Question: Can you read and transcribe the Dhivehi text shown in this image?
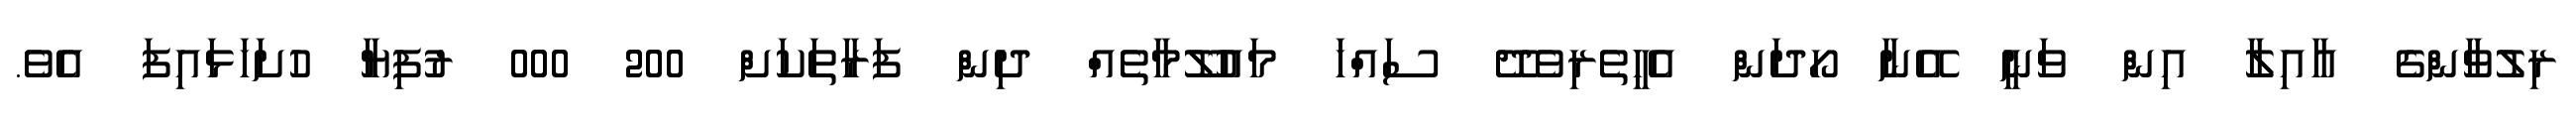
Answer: ރިލުވާންގެ އާއިލާ އިން ވަނީ އޭނާ ހޯދަން އެހީތެރިވެދޭ ސައްހަ މައުލޫމާތެއް ދިން ފަރާތަކަށް 200 000 ރުފިޔާ ހުށަހަޅައިފަ އެވެ.